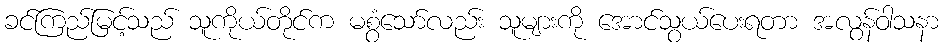
ခင်ကြည်မြင့်သည် သူကိုယ်တိုင်က မစွံသော်လည်း သူများကို အောင်သွယ်ပေးရတာ အလွန်ဝါသနာ